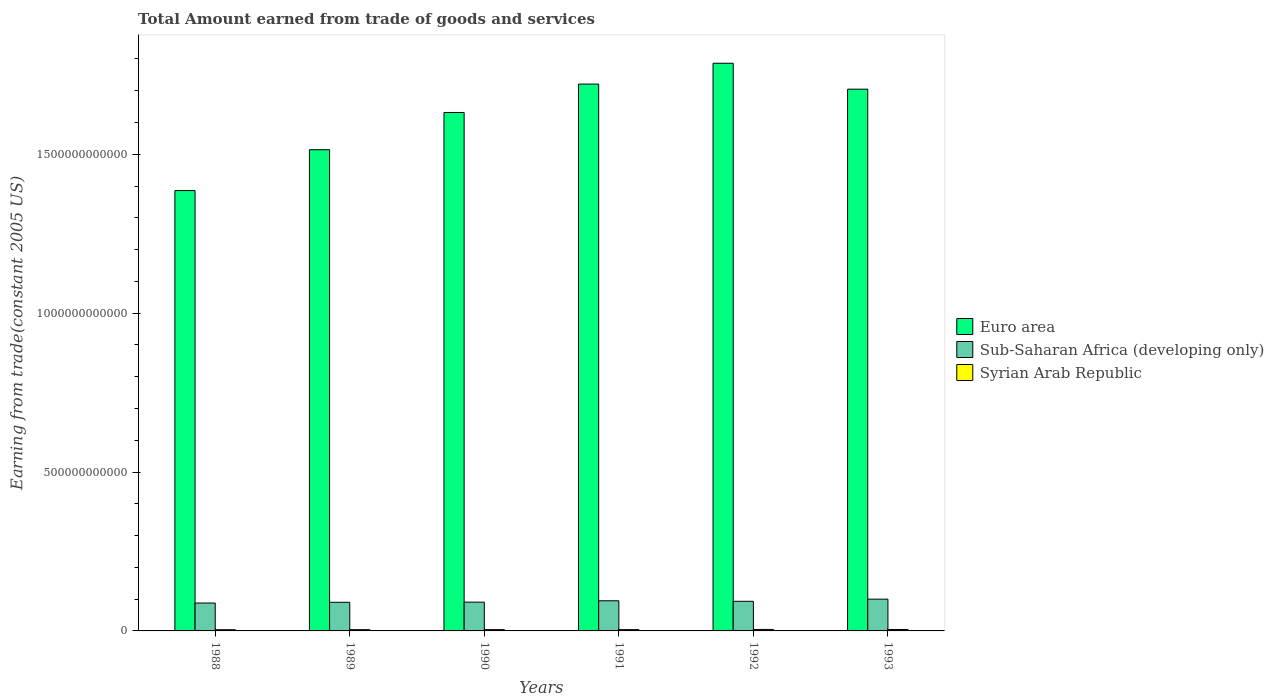
| Years | Euro area | Sub-Saharan Africa (developing only) | Syrian Arab Republic |
 | --- | --- | --- | --- |
 | 1988 | 1.39e+12 | 8.78e+10 | 3.87e+09 |
 | 1989 | 1.51e+12 | 9.01e+10 | 4.07e+09 |
 | 1990 | 1.63e+12 | 9.06e+10 | 4.11e+09 |
 | 1991 | 1.72e+12 | 9.49e+10 | 4.11e+09 |
 | 1992 | 1.79e+12 | 9.32e+10 | 4.64e+09 |
 | 1993 | 1.7e+12 | 1e+11 | 4.53e+09 |